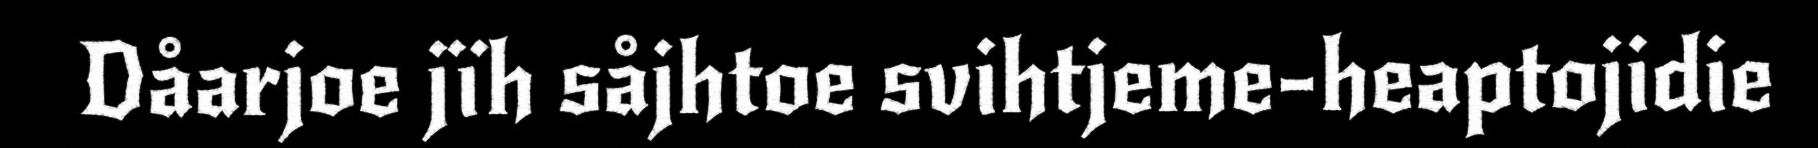
Dåarjoe jïh såjhtoe svihtjeme-heaptojidie